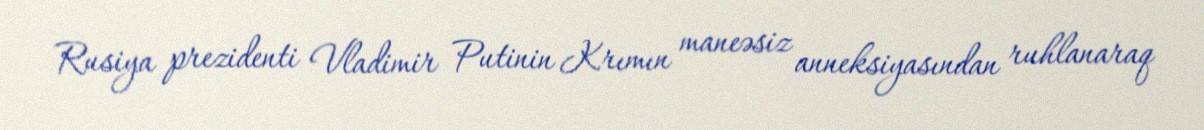
Rusiya prezidenti Vladimir Putinin Krımın maneəsiz anneksiyasından ruhlanaraq